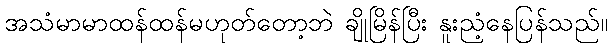
အသံမာမာထန်ထန်မဟုတ်တော့ဘဲ ချိုမြိန်ပြီး နူးညံ့နေပြန်သည်။